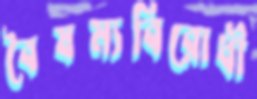
বৈষম্যবিরোধী